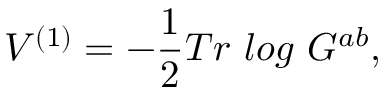
V ^ { ( 1 ) } = - \frac 1 2 T r ~ l o g ~ G ^ { a b } ,